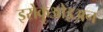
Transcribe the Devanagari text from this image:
इरोकुओइअन